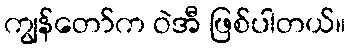
ကျွန်တော်က ဝဲအီ ဖြစ်ပါတယ်။